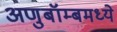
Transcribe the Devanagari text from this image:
अणुबॉम्बमध्ये